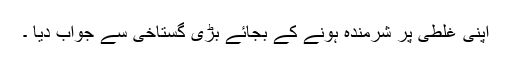
اپنی غلطی پر شرمندہ ہونے کے بجائے بڑی گستاخی سے جواب دیا ۔